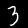
Label: 3